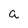
Character: a